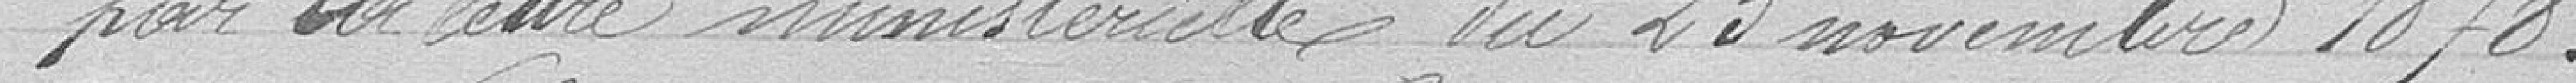
par la lettre ministérielle du 23 Novembre 1878.